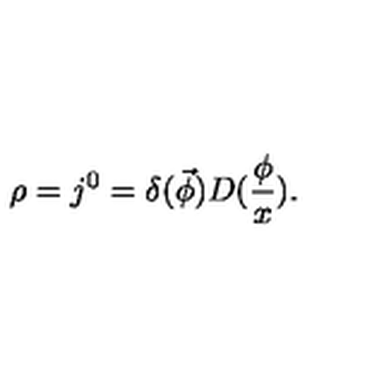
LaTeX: \rho = j ^ { 0 } = \delta ( \vec { \phi } ) D ( \frac \phi x ) .